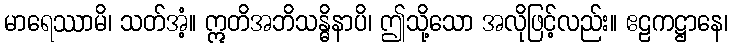
မာရေဿာမိ၊ သတ်အံ့။ ဣတိအဘိသန္ဓိနာပိ၊ ဤသို့သော အလိုဖြင့်လည်း။ ဧဠကဋ္ဌာနေ၊